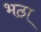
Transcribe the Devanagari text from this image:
भठा